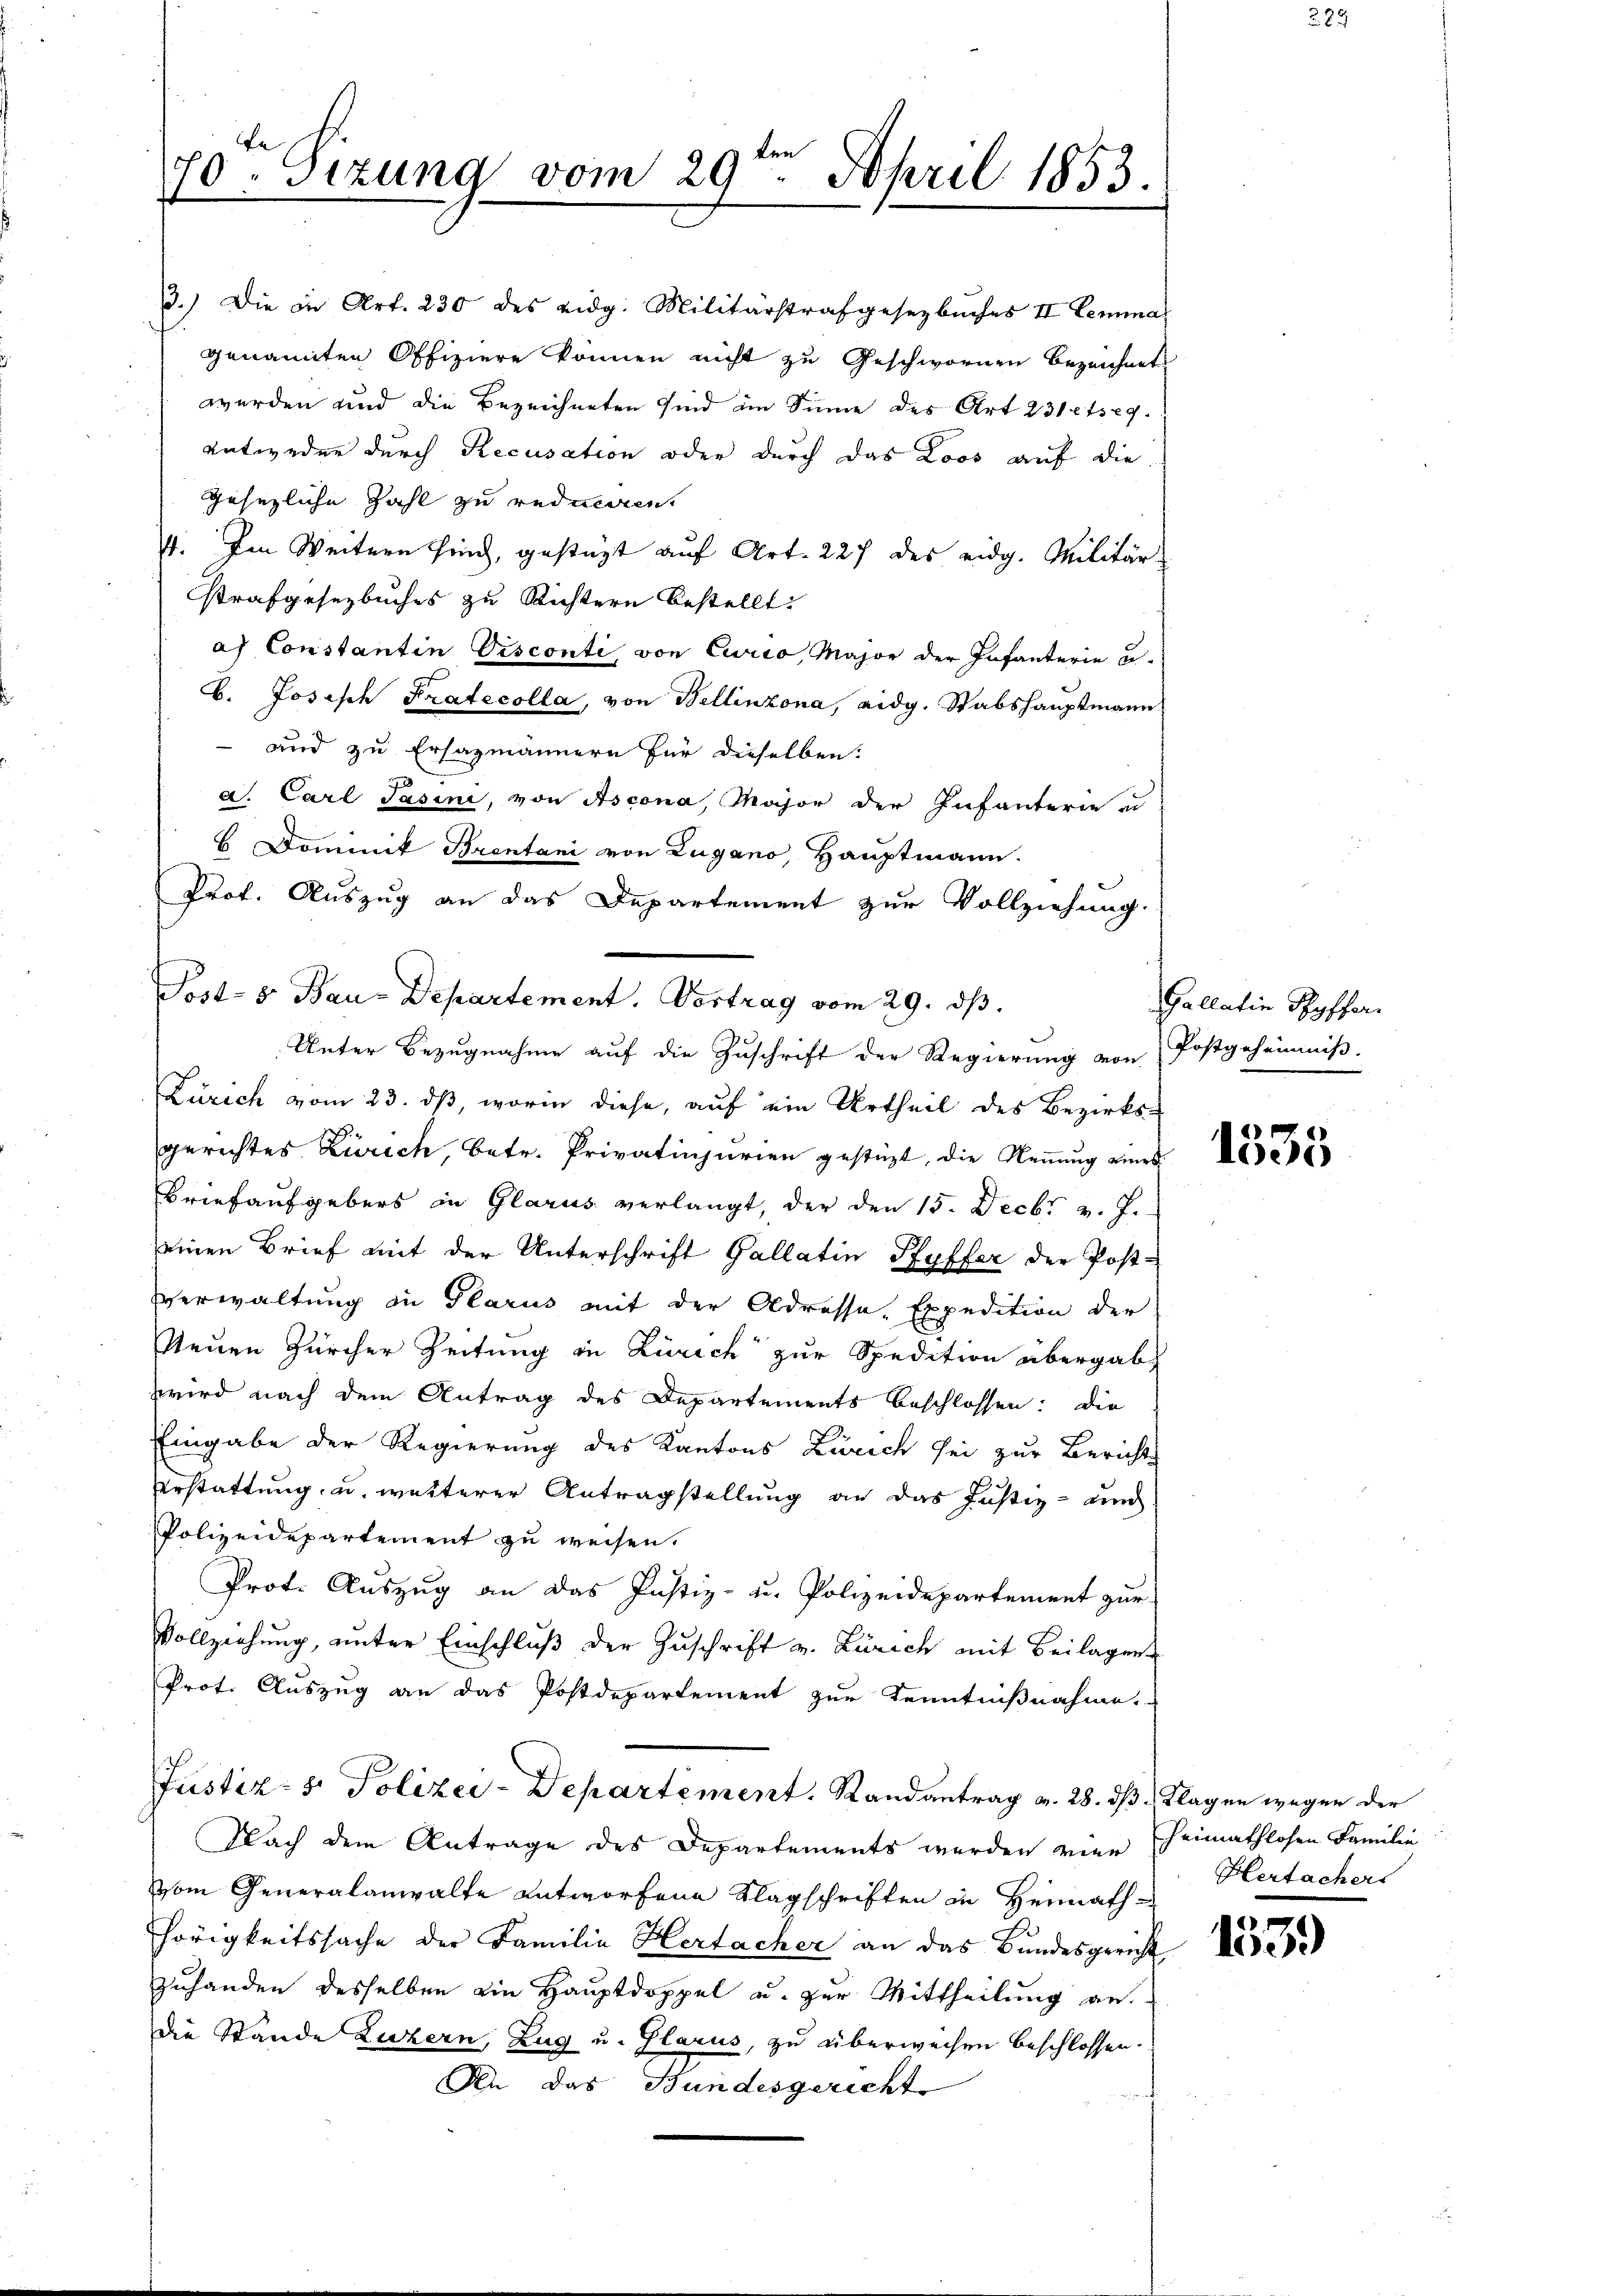
70ten Sizung vom 29. April 1853.

3.) Die in Art. 230 des eidg. Militärstrafgesetzbuches II Lemmal
genannten Offiziere können nicht zu Geschwornen bezeichnet
werden und die Bezeichneten sind im Sinne des Art 231 etseg
entweder durch Recusation oder durch das Loos auf die
ggesezliche Zahl zu reduciren.
4. Im Weitern sind, gestüzt auf Art. 227 des eidg. Militär-
strafgesezbuches zu Richtern bestellt:
as Constantin Disconti von Ewico, Major der Infanterie u.
b. Joseph Fratecolla, von Bellinzona, eidg. Stabshauptmann
– und zu Ersazmännern für dieselben:
d. Carl Jasini, von Ascona, Major der Infanterie zu
H Dominik Brentani von Lugano, Hauptmann.
Prof. Auszug an das Departement zur Vollziehung
Zürich vom 23. ds, worin diese, auf ein Urtheil des Bezirks-
gerechtes Zürich, betr. Privatinjurien gestüzt, die Nennung eines
Brief aufgebers in Glarus verlangt, der den 15. Decbr v. J.
seinen Brief mit der Unterschrift Gallatin Pfyffer der Post-
Verwaltung in Glarus mit der Adressa, Expedition der
Neuen Zürcher Zeitung in Zürich zur Spedition übergabt
zwird nach dem Antrag des Departements beschlossen: die
Eingabe der Regierung des Kantons Zürich sei zur Bericht-
Erstattung u. wetterer Antragstellung an das Justiz- und
Polizeidepartement zu weisen.
Prot. Auszug an das Justiz- u. Polizeidepartement zur
Vollziehung, unter Einschluß der Zuschrift v. Zürich mit Beilagen
Prot. Auszug an das Postdepartement zur Kenntnißnahme.
a
Justiz- & Polizei-Departement. Randantrag v. 28. ds. Klagen wegen der
Nach dem Antrage des Departements werden vier Eheimathlosen Familie
vom Generalanwalte antworfene Klagschriften in Heimath-
hörigkeitssache der Familie Hertacher an das Bundesgericht
zuhanden desselben ein Hauptdoppel u. zur Mittheilung an.
die Stände Luzern, Zug u. Glarus, zu überweisen beschlossen.
An das Bundesgericht
nd

Post- & Bau-Departement. Vortrag vom 29. dβ.
Unter Bezugnahme auf die Zuschrift der Regierung von Postgeheimniß-

Gallatin Syffer

1335

Hertachers

20
165)